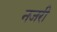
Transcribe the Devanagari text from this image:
नजरी